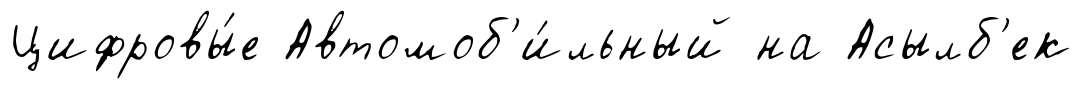
Цифровы́е Автомоб'и́льный на Асылб'ек